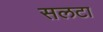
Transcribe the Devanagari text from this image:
सलटा